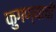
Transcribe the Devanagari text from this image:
फुगण्याची